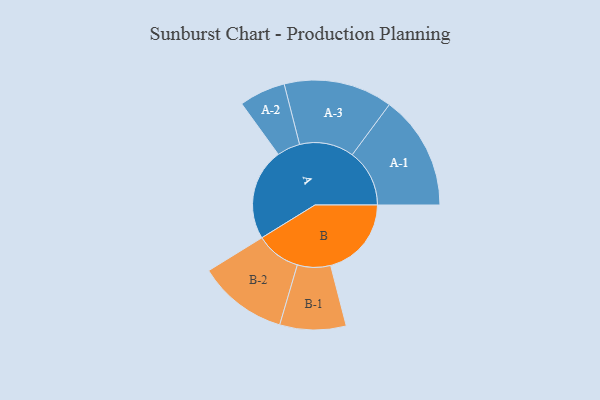
{"axis": {"x": "Segment", "y": "Value"}, "legend": ["", "A", "B"], "data": [{"x": "A", "y": 452, "type": ""}, {"x": "B", "y": 398, "type": ""}, {"x": "A-1", "y": 282, "type": "A"}, {"x": "A-2", "y": 114, "type": "A"}, {"x": "A-3", "y": 268, "type": "A"}, {"x": "B-1", "y": 163, "type": "B"}, {"x": "B-2", "y": 221, "type": "B"}]}